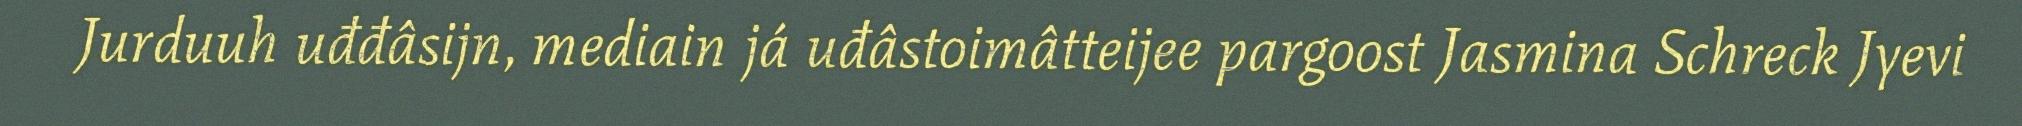
Jurduuh uđđâsijn, mediain já uđâstoimâtteijee pargoost Jasmina Schreck Jyevi